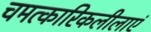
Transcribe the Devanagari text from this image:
चमत्कारिकलीलाएं